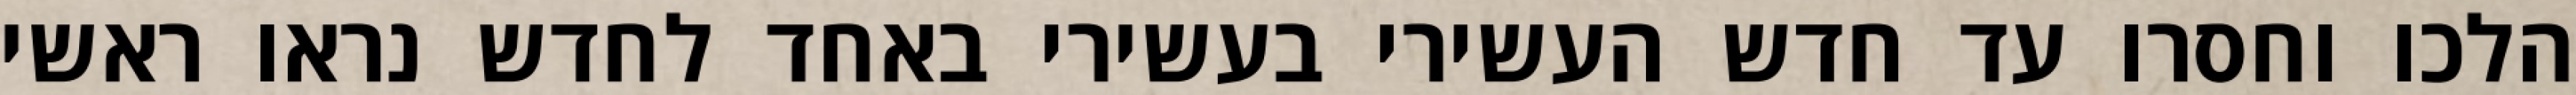
הלכו וחסרו עד חדש העשירי בעשירי באחד לחדש נראו ראשי